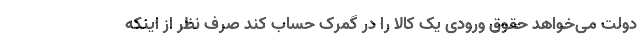
دولت می‌خواهد حقوق ورودی یک کالا را در گمرک حساب کند صرف نظر از اینکه